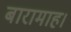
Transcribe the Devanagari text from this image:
बारामाह।